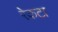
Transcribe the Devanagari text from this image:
रेकटा